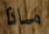
ماذا